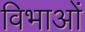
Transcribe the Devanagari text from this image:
विभाओं